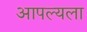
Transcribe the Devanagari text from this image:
आपल्यला